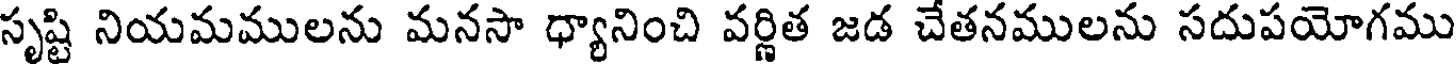
సృష్టి నియమములను మనసా ధ్యానించి వర్ణిత జడ చేతనములను సదుపయోగము